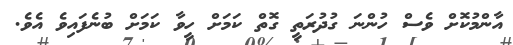
އާންމުކޮށް ވެސް ހުންނަ ގުދުރަތީ ގޮތް ކަމަށް ހީވާ ކަމަށް ބުނެފައިވެ އެވެ.